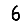
Digit: 6